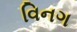
વિનગ